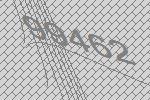
99462